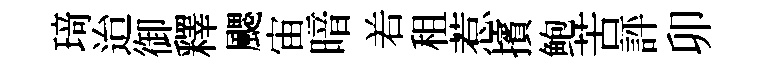
𤦺迨御釋颸宙暗𠰥租惹擯鲍苦評卯